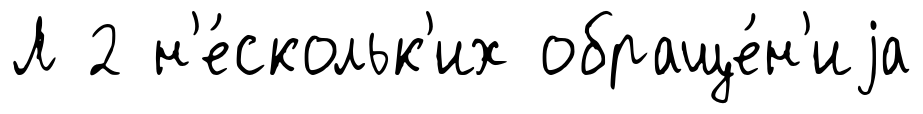
Л 2 н'е́скольк'их обраще́н'иjа